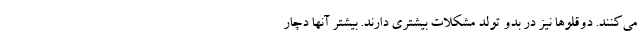
می‌کنند. دوقلوها نیز در بدو تولد مشکلات بیشتری دارند. بیشتر آنها دچار